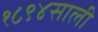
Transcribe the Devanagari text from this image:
१८९४साली